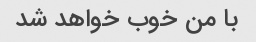
با من خوب خواهد شد